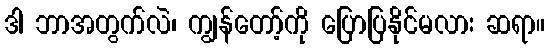
ဒါ ဘာအတွက်လဲ၊ ကျွန်တော့်ကို ပြောပြနိုင်မလား ဆရာ။